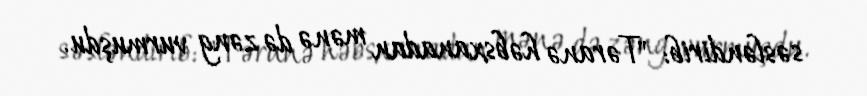
səsləndirib: "Təranə həbsxanadan mənə də zəng vurmuşdu.